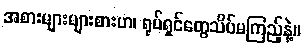
အစားများများစားဟ၊ ရုပ်ရှင်တွေသိပ်မကြည့်နဲ့။